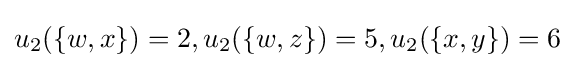
u_{2}(\{w,x\})=2,u_{2}(\{w,z\})=5,u_{2}(\{x,y\})=6